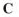
C